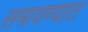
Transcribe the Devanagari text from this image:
समावण्यात